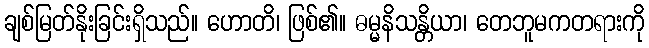
ချစ်မြတ်နိုးခြင်းရှိသည်။ ဟောတိ၊ ဖြစ်၏။ ဓမ္မနိသန္တိယာ၊ တေဘူမကတရားကို